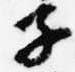
子